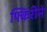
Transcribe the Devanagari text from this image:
फ्किरीने